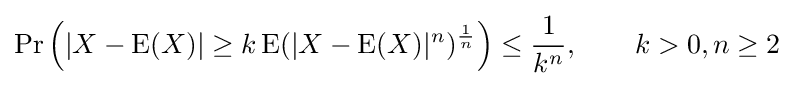
\Pr \left(|X-\operatorname {E} (X)|\geq k\operatorname {E} (|X-\operatorname {E} (X)|^{n})^{\frac {1}{n}}\right)\leq {\frac {1}{k^{n}}},\qquad k>0,n\geq 2